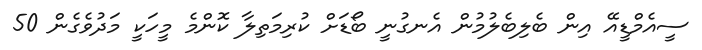
ސީއެމްޑީއޭ އިން ބެލިބެލުމުން އެނގުނީ ބޯޑަށް ކުރިމަތިލާ ކޮންމެ މީހަކީ މަދުވެގެން 50